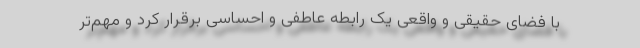
با فضای حقیقی و واقعی یک رابطه عاطفی و احساسی برقرار کرد و مهم‌تر